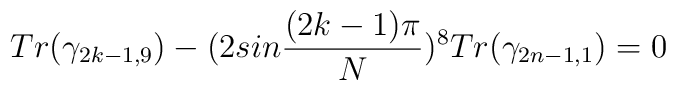
Tr(\gamma_{2k-1,9}) - (2sin{(2k-1)\pi \over N})^8 Tr(\gamma_{2n-1,1})  =0